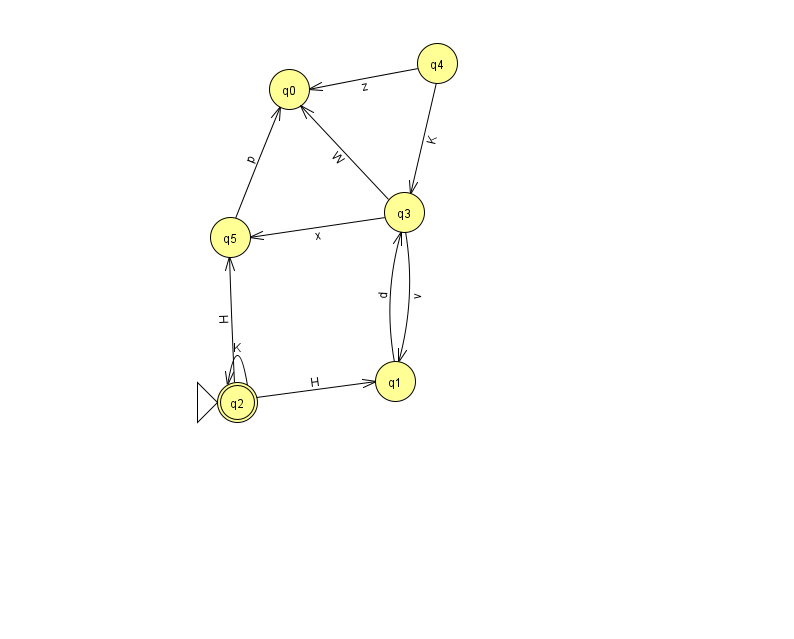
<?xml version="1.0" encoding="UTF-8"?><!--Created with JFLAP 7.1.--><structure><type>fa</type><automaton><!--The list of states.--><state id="0" name="q0"><x>289.0</x><y>76.0</y></state><state id="1" name="q1"><x>395.0</x><y>368.0</y></state><state id="2" name="q2"><x>237.0</x><y>389.0</y><initial/><final/></state><state id="3" name="q3"><x>404.0</x><y>199.0</y></state><state id="4" name="q4"><x>437.0</x><y>50.0</y></state><state id="5" name="q5"><x>230.0</x><y>224.0</y></state><!--The list of transitions.--><transition><from>4</from><to>0</to><read>z</read></transition><transition><from>1</from><to>3</to><read>d</read></transition><transition><from>3</from><to>1</to><read>v</read></transition><transition><from>5</from><to>0</to><read>p</read></transition><transition><from>2</from><to>1</to><read>H</read></transition><transition><from>2</from><to>2</to><read>K</read></transition><transition><from>3</from><to>0</to><read>W</read></transition><transition><from>4</from><to>3</to><read>K</read></transition><transition><from>2</from><to>5</to><read>H</read></transition><transition><from>3</from><to>5</to><read>x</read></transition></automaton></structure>